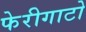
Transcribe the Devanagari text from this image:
फेरीगाटो